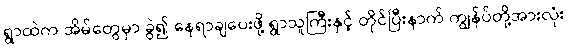
ရွာထဲက အိမ်တွေမှာ ခွဲ၍ နေရာချပေးဖို့ ရွာသူကြီးနှင့် တိုင်ပြီးနာက် ကျွန်ပ်တို့အားလုံး